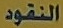
النقود